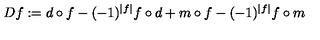
D f : = d \circ f - ( - 1 ) ^ { | f | } f \circ d + m \circ f - ( - 1 ) ^ { | f | } f \circ m